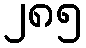
၂၈၅